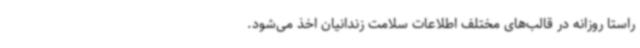
راستا روزانه در قالب‌های مختلف اطلاعات سلامت زندانیان اخذ می‌شود.